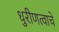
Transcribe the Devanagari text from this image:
धुरीणत्वाचे